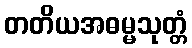
တတိယအဓမ္မသုတ္တံ